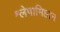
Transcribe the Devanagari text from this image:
श्लेषामिष्ठान